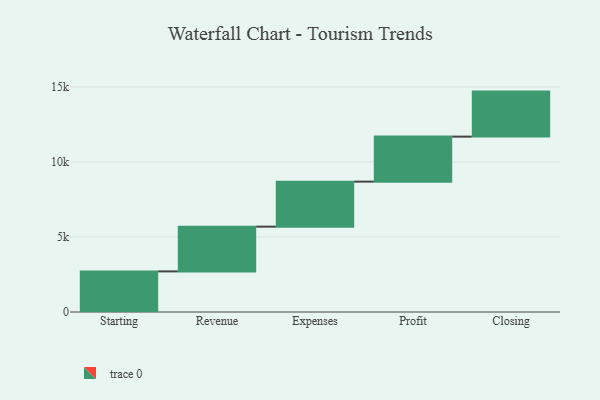
{"axis": {"x": "Step", "y": "Value"}, "legend": [""], "data": [{"x": "Starting", "y": 2706.0, "type": ""}, {"x": "Revenue", "y": 2982.0, "type": ""}, {"x": "Expenses", "y": 3000, "type": ""}, {"x": "Profit", "y": 3000, "type": ""}, {"x": "Closing", "y": 3000, "type": ""}]}